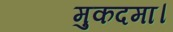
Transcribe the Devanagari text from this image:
मुकदमा।